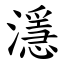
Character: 濦